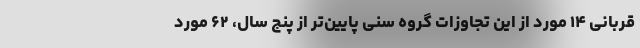
قربانی ‌۱۴ مورد از این تجاوزات گروه سنی پایین‌تر از پنج سال، ۶۲ مورد